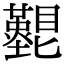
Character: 𥌵